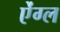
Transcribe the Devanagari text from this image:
ऐंग्ल